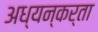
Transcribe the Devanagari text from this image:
अध्यन्कर्ता